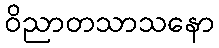
ဝိညာတသာသနော